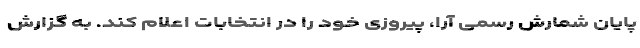
پایان شمارش رسمی آرا،‌ پیروزی خود را در انتخابات اعلام کند. به گزارش